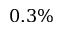
0 . 3 \%